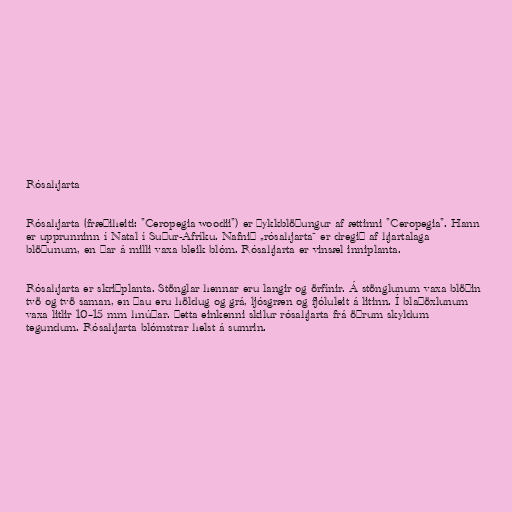
Rósahjarta

Rósahjarta (fræðiheiti: "Ceropegia woodii") er þykkblöðungur af ættinni "Ceropegia". Hann
er upprunninn í Natal í Suður-Afríku. Nafnið „rósahjarta“ er dregið af hjartalaga
blöðunum, en þar á milli vaxa bleik blóm. Rósahjarta er vinsæl inniplanta.

Rósahjarta er skriðplanta. Stönglar hennar eru langir og örfínir. Á stönglunum vaxa blöðin
tvö og tvö saman, en þau eru höldug og grá, ljósgræn og fjóluleit á litinn. Í blaðöxlunum
vaxa litlir 10–15 mm hnúðar. Þetta einkenni skilur rósahjarta frá öðrum skyldum
tegundum. Rósahjarta blómstrar helst á sumrin.